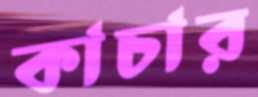
কাচার